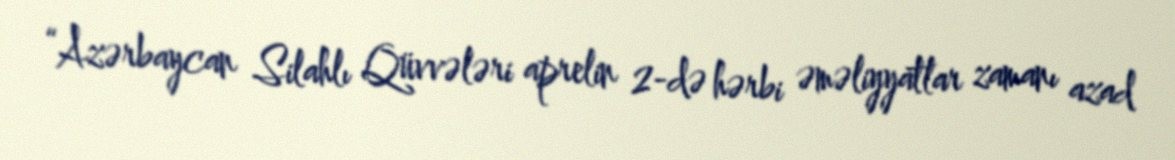
“Azərbaycan Silahlı Qüvvələri aprelin 2-də hərbi əməliyyatlar zamanı azad